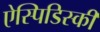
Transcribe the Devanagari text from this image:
ऐस्पिडिस्की